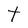
Character: t